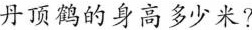
丹顶鹤的身高多少米?